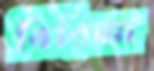
বিরিজ